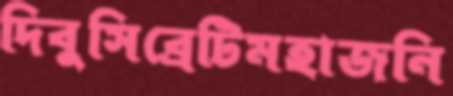
দিবুসিব্রেটিমহাজনি